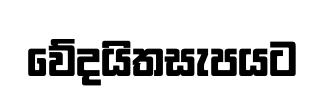
වේදයිතසැපයට